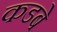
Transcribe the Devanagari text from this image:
कडबे